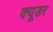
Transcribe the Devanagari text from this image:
क्यूडर